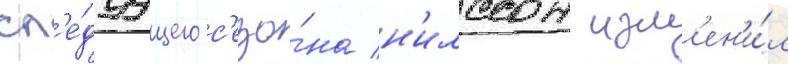
сл'е́дуущего с'езо́на н'илссон изм'ен'и́л